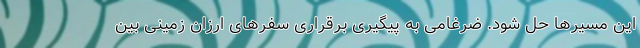
این مسیرها حل شود. ضرغامی به پیگیری برقراری سفرهای ارزان زمینی بین